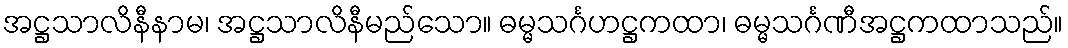
အဋ္ဌသာလိနီနာမ၊ အဋ္ဌသာလိနီမည်သော။ ဓမ္မသင်္ဂဟဋ္ဌကထာ၊ ဓမ္မသင်္ဂဏီအဋ္ဌကထာသည်။